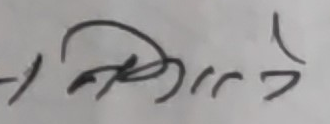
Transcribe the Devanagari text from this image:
सम्मिल्लने